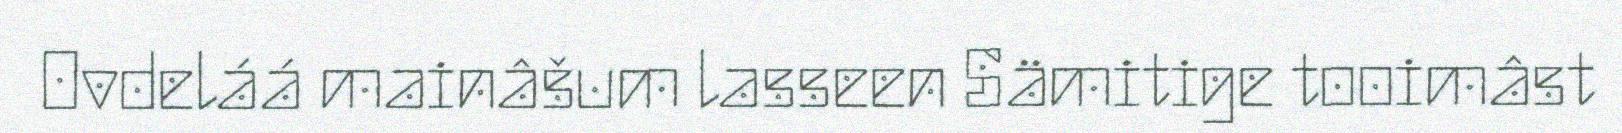
Ovdeláá mainâšum lasseen Sämitige tooimâst